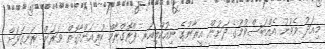
މިއަދު ވެވުނު އެއްބަސްވުމުގެ ދަށުން އީރާނުގެ ނިއުކްލިއަރ ޕްރޮގްރާމް ކުރިއަށްދާގޮތް ވަރަށް ރަނގަޅަށް